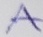
Text: A